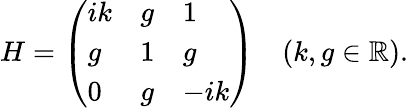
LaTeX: H=\left(\begin{array}{lll}{ik}&{g}&{1}\\ {g}&{1}&{g}\\ {0}&{g}&{-ik}\end{array}\right)\quad(k,g\in\mathbb{R}).